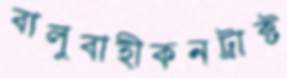
বালুবাহীকনট্রাক্ট